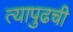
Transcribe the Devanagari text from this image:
त्यापुढची